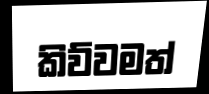
කිව්වමත්